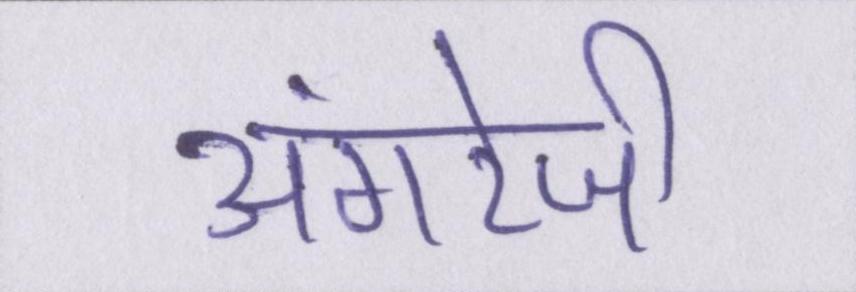
अंगरेजी